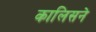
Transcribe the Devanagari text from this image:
कालिसने